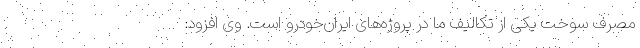
مصرف سوخت یکی از تکالیف ما در پروژه‌های ایران‌خودرو است. وی افزود: